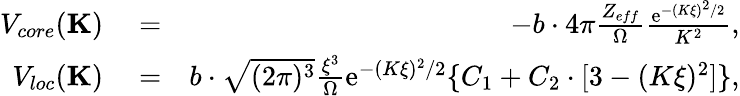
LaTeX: \begin{array}{rlr}{V_{core}(\textbf{K})}&{{}=}&{-b\cdot 4\pi\frac{Z_{eff}}{\Omega}\frac{\textrm{e}^{-(K\xi)^{2}/2}}{K^{2}},}\\ {V_{loc}(\textbf{K})}&{{}=}&{b\cdot\sqrt{(2\pi)^{3}}\frac{\xi^{3}}{\Omega}\textrm{e}^{-(K\xi)^{2}/2}\{ C_{1}+C_{2}\cdot[3-(K\xi)^{2}]\} ,}\end{array}